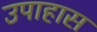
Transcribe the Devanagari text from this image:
उपाहास